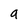
Character: a